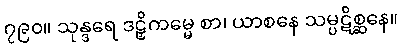
၇၉၀။ သုန္ဒရေ ဒဠှိကမ္မေ စာ၊ ယာစနေ သမ္ပဋိစ္ဆနေ။